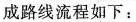
成路线流程如下：